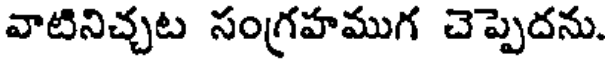
వాటినిచ్చట సంగ్రహముగ చెప్పెదను.